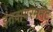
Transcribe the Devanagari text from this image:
इंनवायरममेंट